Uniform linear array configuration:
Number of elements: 4
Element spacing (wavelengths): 0.75
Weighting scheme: uniform
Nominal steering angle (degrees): -45
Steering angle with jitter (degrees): -46.978
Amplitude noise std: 0.05
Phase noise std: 0.05

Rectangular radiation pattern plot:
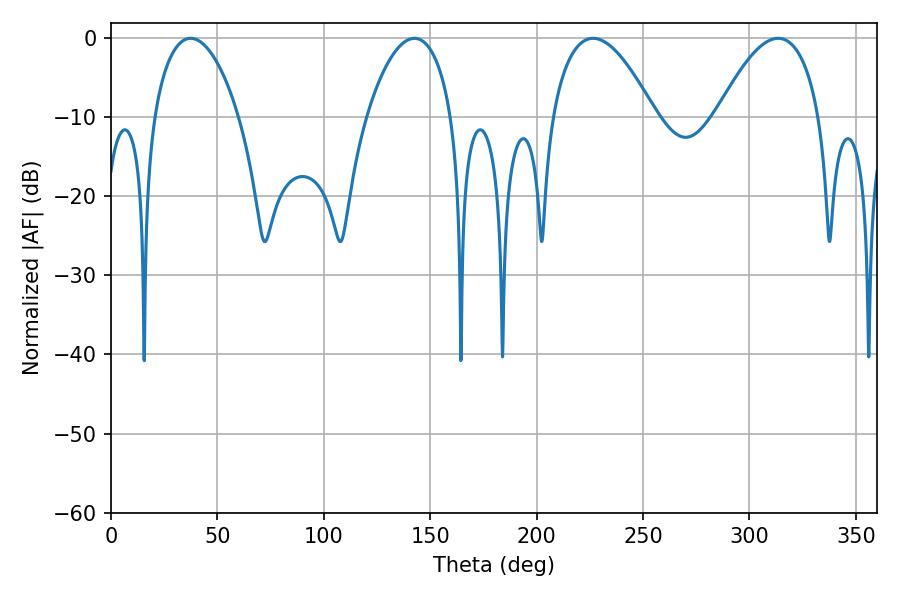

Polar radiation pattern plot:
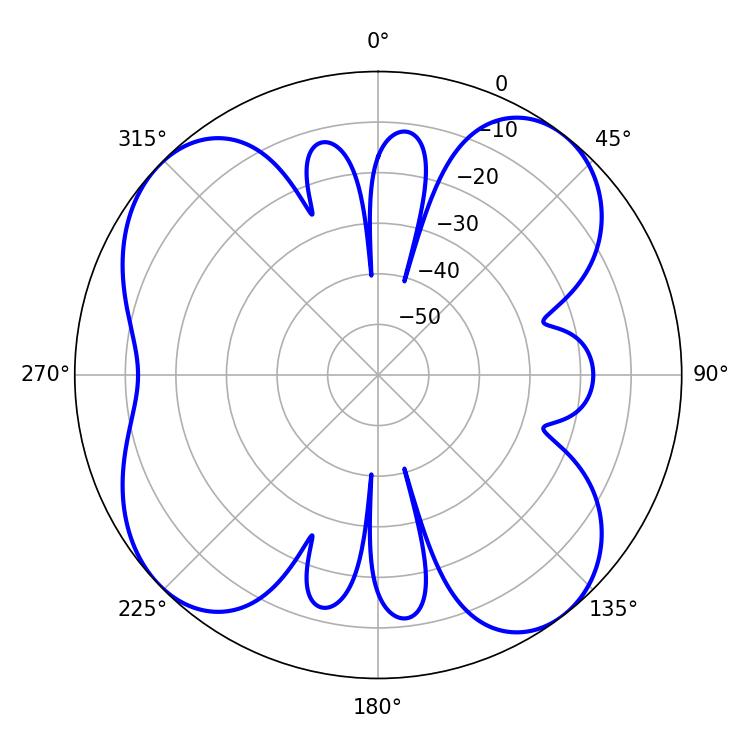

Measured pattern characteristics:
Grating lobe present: TRUE
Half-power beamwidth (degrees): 22.68
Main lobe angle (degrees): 37.44